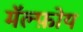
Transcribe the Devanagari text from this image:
मॅल्फ़ोय